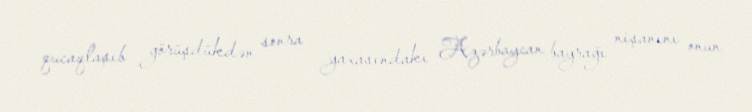
qucaqlaşıb görüşdükdən sonra yaxasındakı Azərbaycan bayrağı nişanını onun